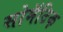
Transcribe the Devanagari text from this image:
सोमॅटिक